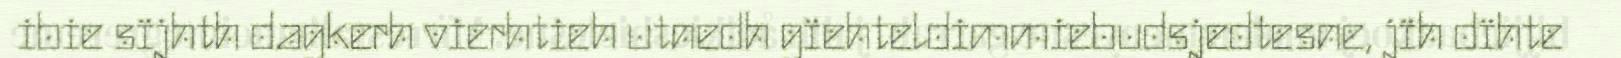
ibie sïjhth dagkerh vierhtieh utnedh gïehteldimmiebudsjedtesne, jïh dïhte